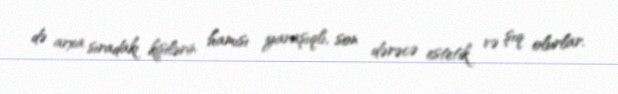
də arxa sıradakı kişilərin hamısı yaraşıqlı, son dərəcə estetik və şıq olurlar.